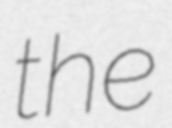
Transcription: the